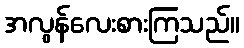
အလွန်လေးစားကြသည်။